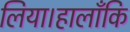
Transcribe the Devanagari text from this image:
लिया।हालाँकि